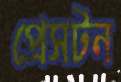
প্রেসটন